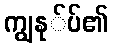
ကျွနု်ပ်၏